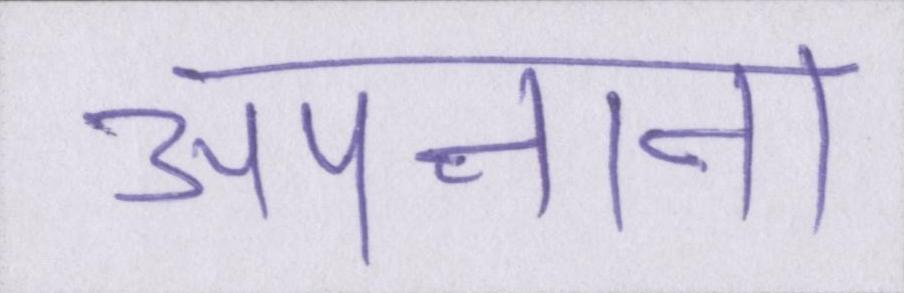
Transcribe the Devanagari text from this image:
अपनाना